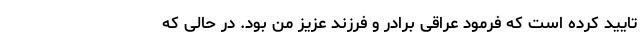
تایید کرده است که فرمود عراقی برادر و فرزند عزیز من بود. در حالی که